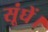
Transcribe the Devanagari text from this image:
सूंघें।